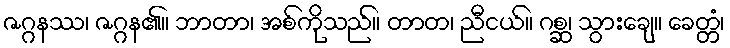
ဇဂ္ဂနဿ၊ ဇဂ္ဂန၏။ ဘာတာ၊ အစ်ကိုသည်။ တာတ၊ ညီငယ်။ ဂစ္ဆ၊ သွားချေ။ ခေတ္တံ၊